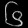
Digit: ၆